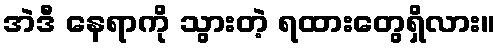
အဲဒီ နေရာကို သွားတဲ့ ရထားတွေရှိလား။